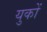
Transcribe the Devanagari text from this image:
युकों